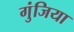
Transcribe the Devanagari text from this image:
गुंजिया